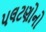
પલટણોનો